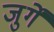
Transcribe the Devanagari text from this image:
जुर्गें